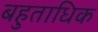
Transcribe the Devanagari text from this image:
बहुताधिक